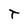
Character: T